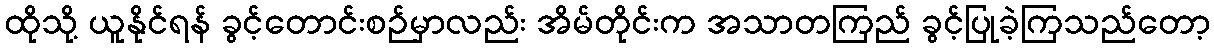
ထိုသို့ ယူနိုင်ရန် ခွင့်တောင်းစဉ်မှာလည်း အိမ်တိုင်းက အသာတကြည် ခွင့်ပြုခဲ့ကြသည်တော့